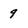
Character: 9